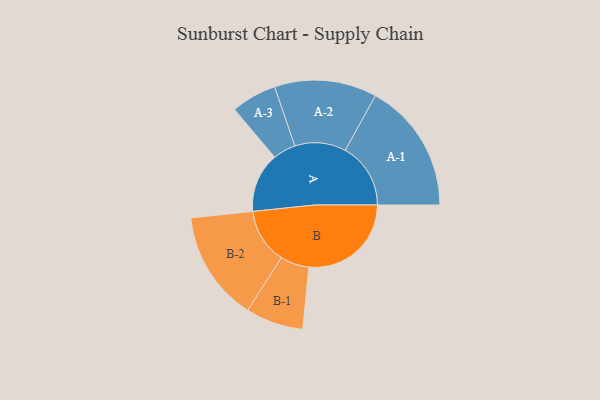
{"axis": {"x": "Segment", "y": "Value"}, "legend": ["", "A", "B"], "data": [{"x": "A", "y": 273, "type": ""}, {"x": "B", "y": 468, "type": ""}, {"x": "A-1", "y": 299, "type": "A"}, {"x": "A-2", "y": 234, "type": "A"}, {"x": "A-3", "y": 104, "type": "A"}, {"x": "B-1", "y": 132, "type": "B"}, {"x": "B-2", "y": 252, "type": "B"}]}